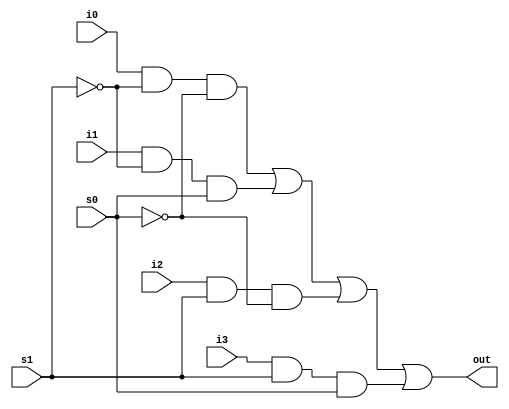
module mux4x1(out,i0,i1,i2,i3,s1,s0);
input i0, i1, i2, i3, s1, s0;
output out;
wire nots1, nots0, j0, j1, j2, j3;
not s0n (nots0, s0);
not s1n (nots1, s1);
and a1(j0, i0, nots1, nots0);
and a2(j1, i1, nots1, s0);
and a3(j2, i2, s1, nots0);
and a4(j3, i3, s1, s0);
or  o1(out, j0,j1,j2,j3);
endmodule